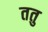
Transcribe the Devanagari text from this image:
ततु